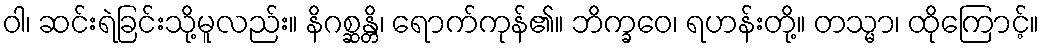
ဝါ၊ ဆင်းရဲခြင်းသို့မူလည်း။ နိဂစ္ဆန္တိ၊ ရောက်ကုန်၏။ ဘိက္ခဝေ၊ ရဟန်းတို့။ တသ္မာ၊ ထိုကြောင့်။